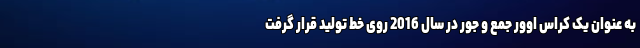
به عنوان یک کراس اوور جمع و جور در سال 2016 روی خط تولید قرار گرفت